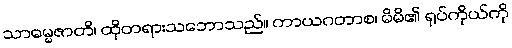
သာဓမ္မဇာတိ၊ ထိုတရားသဘောသည်။ ကာယဂတာစ၊ မိမိ၏ ရုပ်ကိုယ်ကို